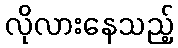
လိုလားနေသည့်